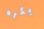
يكره